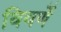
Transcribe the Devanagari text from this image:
विवर्णे